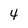
Character: 4